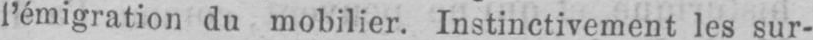
l’émigration du mobilier. Instinctivement les sur-